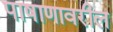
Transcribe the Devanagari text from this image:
पाषाणावरील